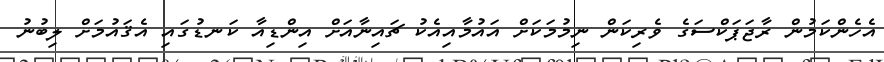
އެހެންކަމުން ރާޖަޕަކްސަގެ ވެރިކަން ނިމުމަކަށް އައުމާއިއެކު ޗައިނާއަށް އިންޑިއާ ކަނޑުގައި އެޤައުމަށް ލިބުނު